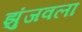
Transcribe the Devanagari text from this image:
झुंजवला